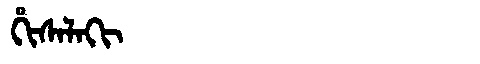
Manchu: ᡥᡳᠰᠠᠯᠠᡴᡳ
Romanization: HISALAKI